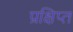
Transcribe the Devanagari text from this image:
प्रक्षिप्‍त